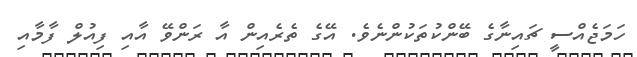
ހަމަޖެއްސީ ޗައިނާގެ ބޭންކުތަކުންނެވެ. އޭގެ ތެރެއިން އާ ރަންވޭ އާއި ފިއުލް ފާމާއި